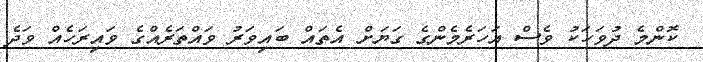
ކޮންމެ ދުވަހަކު ވެސް އަހަރެމެންގެ ގަޔަށް އެތައް ބައިވަރު ވައްތަރެއްގެ ވައިރަހެއް ވަދެ